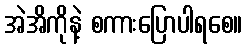
အဲအိကိုနဲ့ စကားပြောပါရစေ။